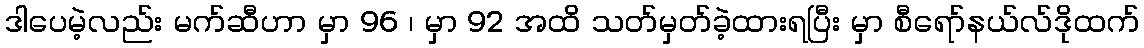
ဒါပေမဲ့လည်း မက်ဆီဟာ မှာ 96 ၊ မှာ 92 အထိ သတ်မှတ်ခဲ့ထားရပြီး မှာ စီရော်နယ်လ်ဒိုထက်